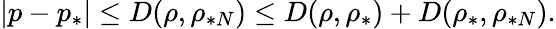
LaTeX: \left\vert p-p_{\ast}\right\vert\leq D(\rho,\rho_{\ast N})\leq D(\rho,\rho_{\ast})+D(\rho_{\ast},\rho_{\ast N}).